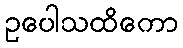
ဥပေါသထိကော